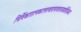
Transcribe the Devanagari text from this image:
निर्विकारात्मकात्सत्वादभावस्तत्राद्यविक्रिया